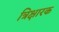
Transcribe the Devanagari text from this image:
त्रिक्षारक